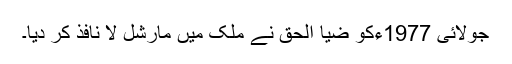
جولائی 1977ءکو ضیا الحق نے ملک میں مارشل لا نافذ کر دیا۔